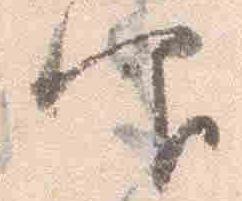
仰